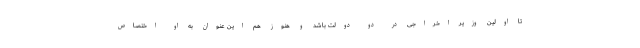
تا اولین وزیر اخراجی در دو دولت باشد و هنوز هم این عنوان به او اختصاص